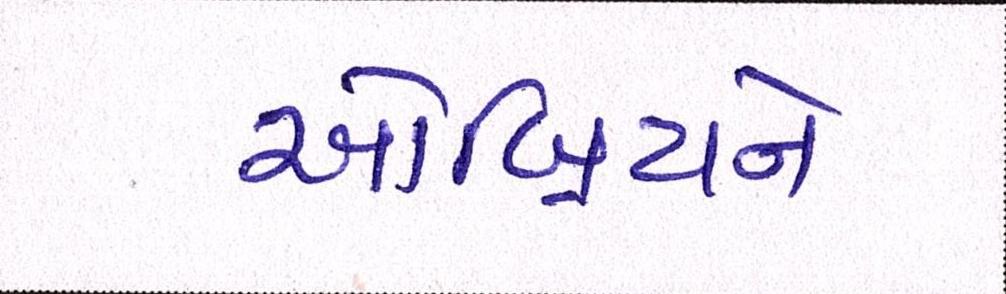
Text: ઓબ્રિયને